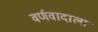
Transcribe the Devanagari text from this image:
वर्णवादाला